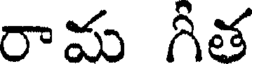
రామ గీత